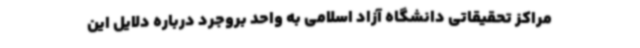
مراکز تحقیقاتی دانشگاه آزاد اسلامی به واحد بروجرد درباره دلایل این